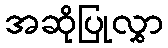
အဆိုပြုလွှာ